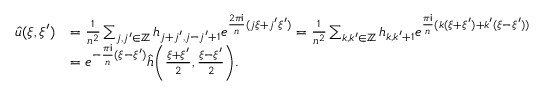
\begin{array} { r l } { \widehat { u } ( \xi , \xi ^ { \prime } ) } & { = \frac { 1 } { n ^ { 2 } } \sum _ { j , j ^ { \prime } \in \mathbb { Z } } h _ { j + j ^ { \prime } , j - j ^ { \prime } + 1 } e ^ { \frac { 2 \pi \mathsf { i } } { n } ( j \xi + j ^ { \prime } \xi ^ { \prime } ) } = \frac { 1 } { n ^ { 2 } } \sum _ { k , k ^ { \prime } \in \mathbb { Z } } h _ { k , k ^ { \prime } + 1 } e ^ { \frac { \pi \mathsf { i } } { n } ( k ( \xi + \xi ^ { \prime } ) + k ^ { \prime } ( \xi - \xi ^ { \prime } ) ) } } \\ & { = e ^ { - \frac { \pi \mathsf { i } } { n } ( \xi - \xi ^ { \prime } ) } \widehat { h } \bigg ( \frac { \xi + \xi ^ { \prime } } { 2 } , \frac { \xi - \xi ^ { \prime } } { 2 } \bigg ) . } \end{array}